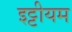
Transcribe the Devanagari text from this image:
इट्टीयम